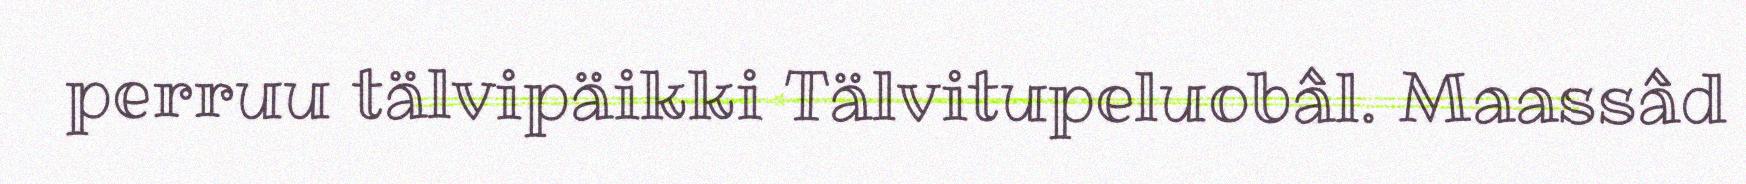
perruu tälvipäikki Tälvitupeluobâl. Maassâd